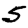
Digit: 5